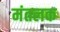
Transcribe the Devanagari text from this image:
मंतलक